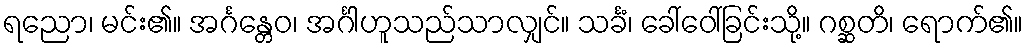
ရညော၊ မင်း၏။ အင်္ဂန္တေဝ၊ အင်္ဂါဟူသည်သာလျှင်။ သင်္ခံ၊ ခေါ်ဝေါ်ခြင်းသို့။ ဂစ္ဆတိ၊ ရောက်၏။